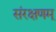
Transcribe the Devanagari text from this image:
संरक्षणम्‌